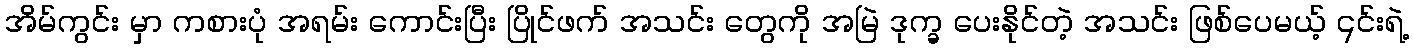
အိမ်ကွင်း မှာ ကစားပုံ အရမ်း ကောင်းပြီး ပြိုင်ဖက် အသင်း တွေကို အမြဲ ဒုက္ခ ပေးနိုင်တဲ့ အသင်း ဖြစ်ပေမယ့် ၎င်းရဲ့